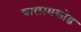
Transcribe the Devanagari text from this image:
चालामकोड